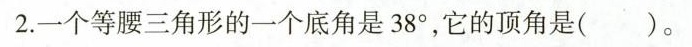
2.一个等腰三角形的一个底角是38°，它的顶角是()。